Karksi_vallavalitsus, lk 20
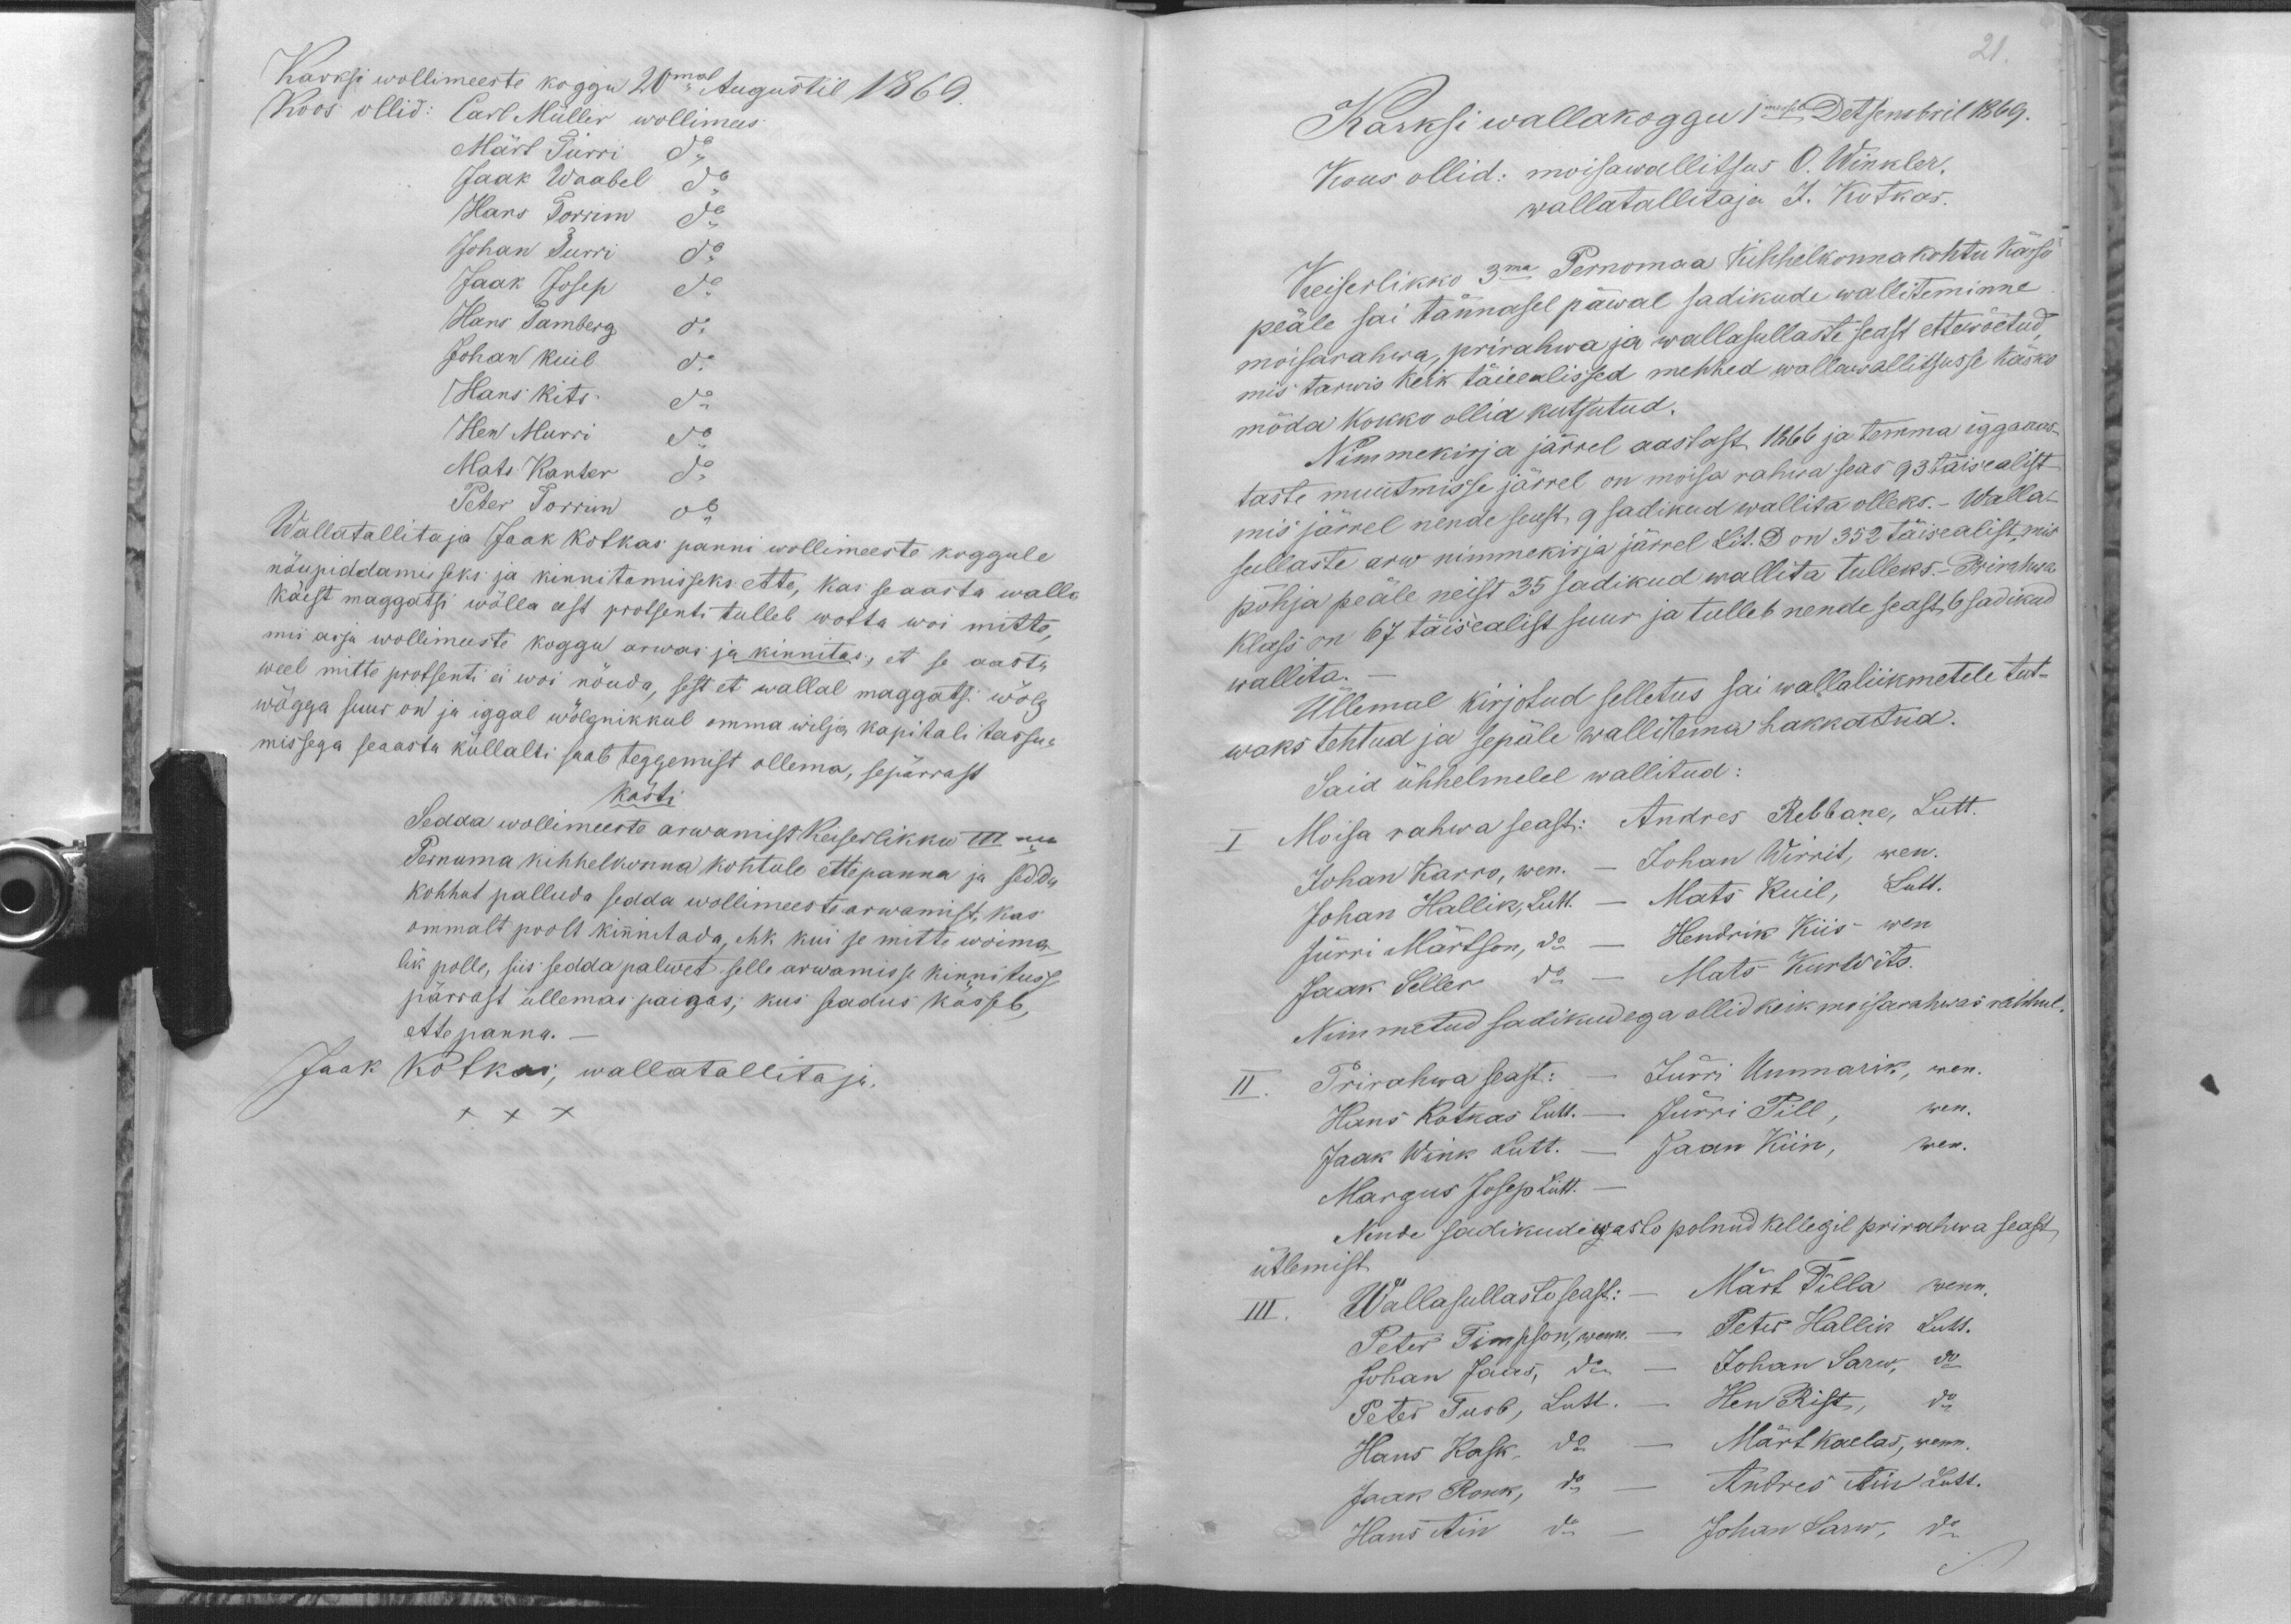
Karksi wollimeeste koggu 20mal Augustil 1869.
Koos ollid: Carl Müller wollimees
Märt Turri do
Jaak Waabel do
Hans Torrim do
Johan Turri do
Jaak Josep do
Hans Tamberg do
Johan Kuil do
Hans Kits do
Hen Murri do
Mats Kanter do
Peter Torrim do
Wallatallitaja Jaak Kotkas panni wollimeeste koggule
nõupiddamisseks ja kinnitamisseks ette, kas seaasta walla
käest maggatsi wõlla eest protsenti tulleb wotta woi mitte,
mis asja wollimeeste koggu arwas ja kinnitas, et se aasta
weel mitte protsenti ei woi nõuda, sest et wallal maggatsi wõlg
wägga suur on ja iggal wõlgnikkul omma wilja kapitali tassu-
missega seaasta küllalti saab teggemist ollema, sepärrast
kästi
Sedda wollimeeste arwamist Keiserlikku IIIma
Pernuma kihhelkonna kohtule ettepanna ja sedda
kohhut palluda sedda wollimeeste arwamist, kas
ommalt poolt kinnitada, ehk kui se mitte woima-
lik polle, siis sedda palwet selle arwamisse kinnitusse
pärrast üllemas paigas; kus seadus kässeb,
ette panna. -
Jaak Kotkas; wallatallitaja.
XXX

21.
Karksi wallakoggu 1mesel Detsembril 1869.
Kous ollid: moisawallitsus O. Winkler.
wallatallitaja J. Kotkas.
Keiserlikko 3ma Pernomaa Kihhelkonnakohtu kässo
peäle sai tännasel päwal sadikude walliteminne
moisarahwa, prirahwa ja wallasullaste seast ettewõetud,
mis tarwis keik täieealissed mehhed wallawallitsusse käsko
möda kokko ollid kutsutud.
Nimmekirja järrel aastast 1866 ja temma iggaaas-
taste muutmisse järrel on moisa rahwa seas 93 täisealist
mis järrel nende seast 9 sadikud wallita olleks. - Walla-
sullaste arw nimmekirja järrel Lit. D on 352 täisealist, mis
põhja peäle neist 35 sadikud wallita tulleks. - Prirahwa
klass on 67 täisealist suur ja tulleb nende seast 6 sadikud
wallita.
Üllemal kirjotud selletus sai wallaliikmetele teat-
waks tehtud ja sepäle wallitema hakkatud.
Said ühhelmelel wallitud:
I Moisa rahwa seast: Andres Rebbane, Lutt.
Johan Karro, wen. - Johan Wirrit, wen.
Johan Hallik, Lutt. - Mats Kuil, Lutt.
Jürri Märtson, do - Hendrik Kiis wen
Jaak Seller do - Mats Kurwits.
Nimmetud sadikudega ollid keik moisarahwas rahhul.
II. Prirahwa seast: - Jürri Ummarik, wen.
Hans Kotkas Lutt. - Jürri Pill, wen.
Jaak Wink Lutt. - Jaan Kiin, wen.
Margus Josep Lutt. -
Nende sadikude wasto polnud kellegil prirahwa seast
ütlemist
III. Wallasullaste seast: - Märt Tilla wenn.
Peter Timpson, wenn. - Peter Hallik Lutt.
Johan Jaas, do - Johan Sarw, do
Peter Turb, Lutt. - Hen Rist, do
Hans Kask, do - Märt Kaelas, wenn.
Jaak Ronk, do - Andres Ain Lutt.
Hans Ain do - Johan Sarw, do